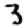
Digit: 3